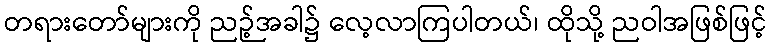
တရားတော်များကို ညဉ့်အခါ၌ လေ့လာကြပါတယ်၊ ထိုသို့ ညဝါအဖြစ်ဖြင့်